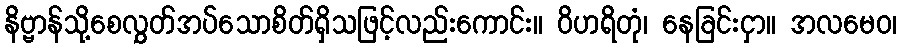
နိဗ္ဗာန်သို့စေလွှတ်အပ်သောစိတ်ရှိသဖြင့်လည်းကောင်း။ ဝိဟရိတုံ၊ နေခြင်းငှာ။ အလမေဝ၊